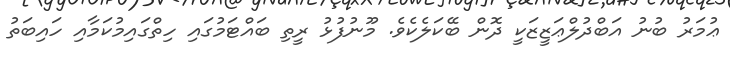
ޢުމަރު ބުނު އަބްދުލްޢަޒީޒަކީ ދޮން ބޭކަލެކެވެ. މޫނުފުޅު ރީތި ބައްޓަމުގައި ހިތްގައިމުކަމާއި ހައިބަތު